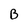
Character: B